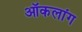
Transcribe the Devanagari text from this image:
ऑकलांग